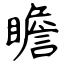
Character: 瞻